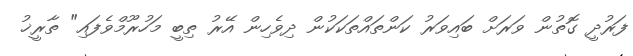
ފަރުދީ ގޮތުން ވަރަށް ބައިވަރު ކަންތައްތަކަކުން ދިވެހިން އޭރު ތިބީ މަހުރޫމްވެފައި" ތާރީޚު